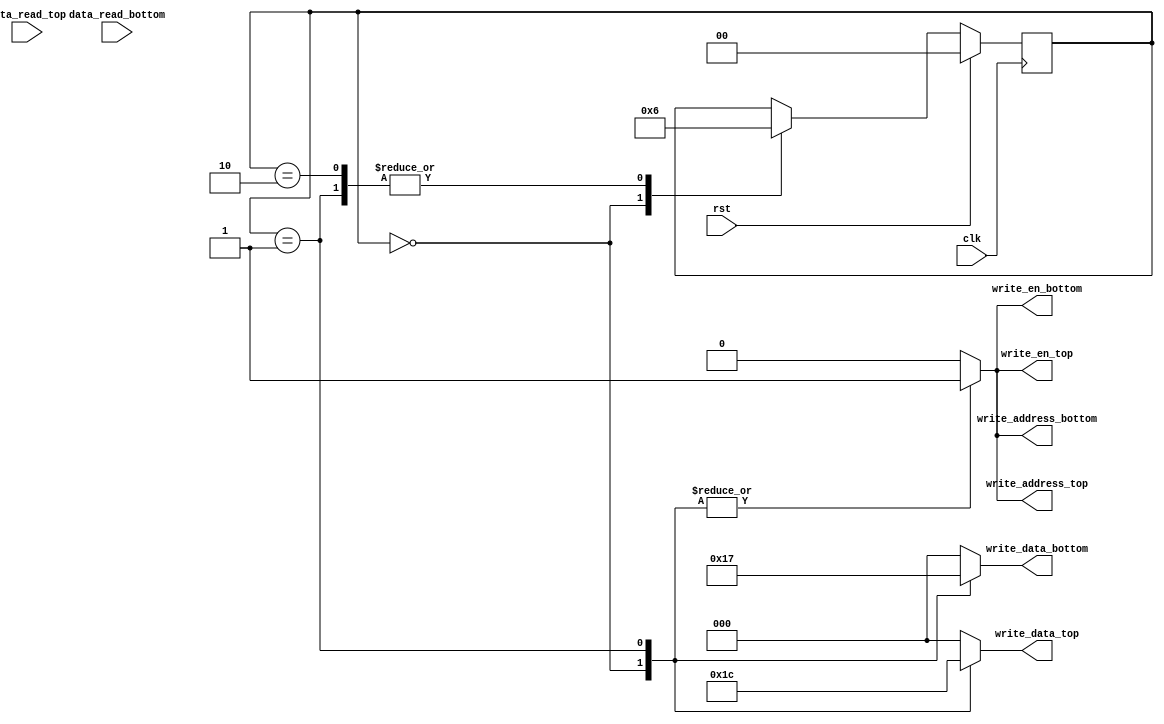
/*
   This file was generated automatically by Alchitry Labs version 1.1.6.
   Do not edit this file directly. Instead edit the original Lucid source.
   This is a temporary file and any changes made to it will be destroyed.
*/

module ram_writer_7 (
    input clk,
    input rst,
    output reg [2:0] write_data_top,
    output reg [2:0] write_data_bottom,
    output reg write_en_top,
    output reg write_en_bottom,
    output reg write_address_top,
    output reg write_address_bottom,
    input [2:0] data_read_top,
    input [2:0] data_read_bottom
  );
  
  
  
  localparam INIT_state = 2'd0;
  localparam INIT2_state = 2'd1;
  localparam WRITE_state = 2'd2;
  
  reg [1:0] M_state_d, M_state_q = INIT_state;
  
  always @* begin
    M_state_d = M_state_q;
    
    write_data_top = 1'h0;
    write_data_bottom = 1'h0;
    write_en_top = 1'h0;
    write_en_bottom = 1'h0;
    write_address_top = 1'h0;
    write_address_bottom = 1'h0;
    
    case (M_state_q)
      INIT_state: begin
        write_address_top = 4'h3;
        write_en_top = 1'h1;
        write_data_top = 3'h3;
        write_address_bottom = 4'h1;
        write_en_bottom = 1'h1;
        write_data_bottom = 3'h2;
        M_state_d = INIT2_state;
      end
      INIT2_state: begin
        write_address_top = 4'h7;
        write_en_top = 1'h1;
        write_data_top = 3'h4;
        write_address_bottom = 4'h5;
        write_en_bottom = 1'h1;
        write_data_bottom = 3'h7;
        M_state_d = WRITE_state;
      end
      WRITE_state: begin
        M_state_d = WRITE_state;
      end
    endcase
  end
  
  always @(posedge clk) begin
    if (rst == 1'b1) begin
      M_state_q <= 1'h0;
    end else begin
      M_state_q <= M_state_d;
    end
  end
  
endmodule